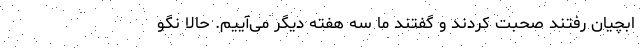
ابچیان رفتند صحبت کردند و گفتند ما سه هفته دیگر می‌آییم. حالا نگو